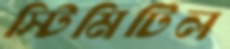
স্টিমিটিল